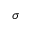
\sigma